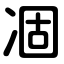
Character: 凅